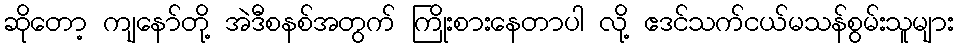
ဆိုတော့ ကျနော်တို့ အဲဒီစနစ်အတွက် ကြိုးစားနေတာပါ လို့ ဧဒင်သက်ငယ်မသန်စွမ်းသူများ